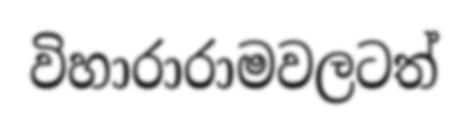
විහාරාරාමවලටත්